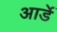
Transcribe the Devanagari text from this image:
आर्डे